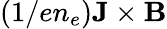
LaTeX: (1/en_{e}){\mathbf{J\times B}}